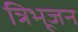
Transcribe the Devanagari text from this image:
त्रिभूजन